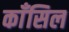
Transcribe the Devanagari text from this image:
काँसिल